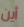
أين